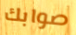
صوابك